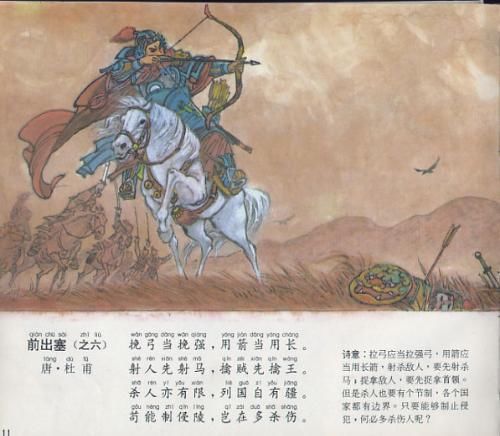
杀人亦有限，列国自有疆。